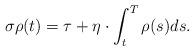
LaTeX: \begin{align*}{}\sigma\rho (t)=\tau +\eta \cdot\int_{t}^{T}\rho (s)ds.\end{align*}